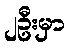
၂ဦးမှာ